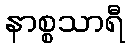
နာစ္စသာရီ